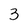
Character: 3